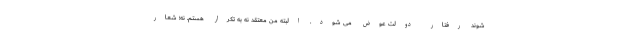
شوند رفتار دولت عوض می شود. البته من معتقد نه به تکرار هستم. نه؛ شعار